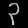
Digit: ၃